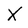
Character: X